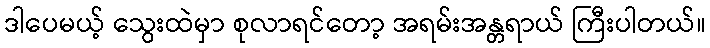
ဒါပေမယ့် သွေးထဲမှာ စုလာရင်တော့ အရမ်းအန္တရာယ် ကြီးပါတယ်။